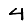
Digit: 4